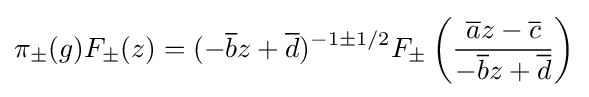
\pi _{\pm }(g)F_{\pm }(z)=(-{\overline {b}}z+{\overline {d}})^{-1\pm 1/2}F_{\pm }\left({{\overline {a}}z-{\overline {c}} \over -{\overline {b}}z+{\overline {d}}}\right)